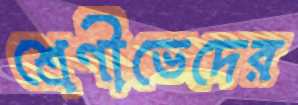
শ্রেণীভেদের